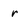
Character: r